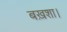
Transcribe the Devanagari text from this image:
बख़शा।